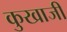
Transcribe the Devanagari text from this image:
कुखाजी